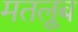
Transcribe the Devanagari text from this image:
मतलूब